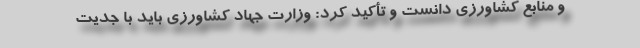
و منابع کشاورزی دانست و تأکید کرد: وزارت جهاد کشاورزی باید با جدیت